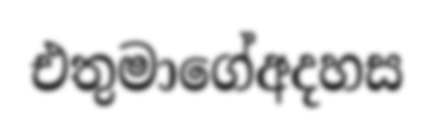
එතුමාගේඅදහස